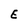
Character: E